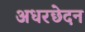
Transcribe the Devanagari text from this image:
अधरछेदन